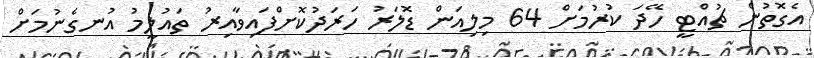
އެގޮތުން ޗުއްޓީ ހޭދަ ކުރުމަށް 64 މިލިއަން ޑޮލަރު ހަރަދުކޮށްފައިވާއިރު ތައުލީމު އުނގެނުމަށް